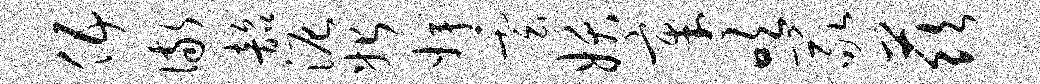
伍儆韶泥始婢云妖章吹冢兹